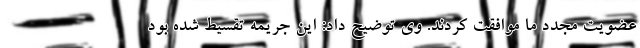
عضویت مجدد ما موافقت کردند. وی توضیح داد:‌ این جریمه تقسیط شده بود